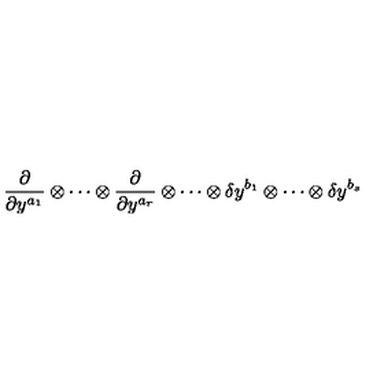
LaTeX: \frac \partial { \partial y ^ { a _ { 1 } } } \otimes \cdots \otimes \frac \partial { \partial y ^ { a _ { r } } } \otimes \cdots \otimes \delta y ^ { b _ { 1 } } \otimes \cdots \otimes \delta y ^ { b _ { s } }